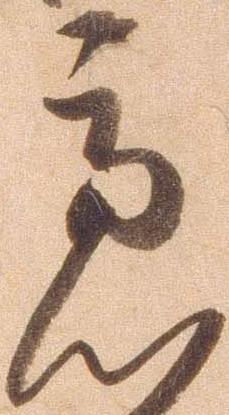
慮